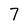
Character: 7